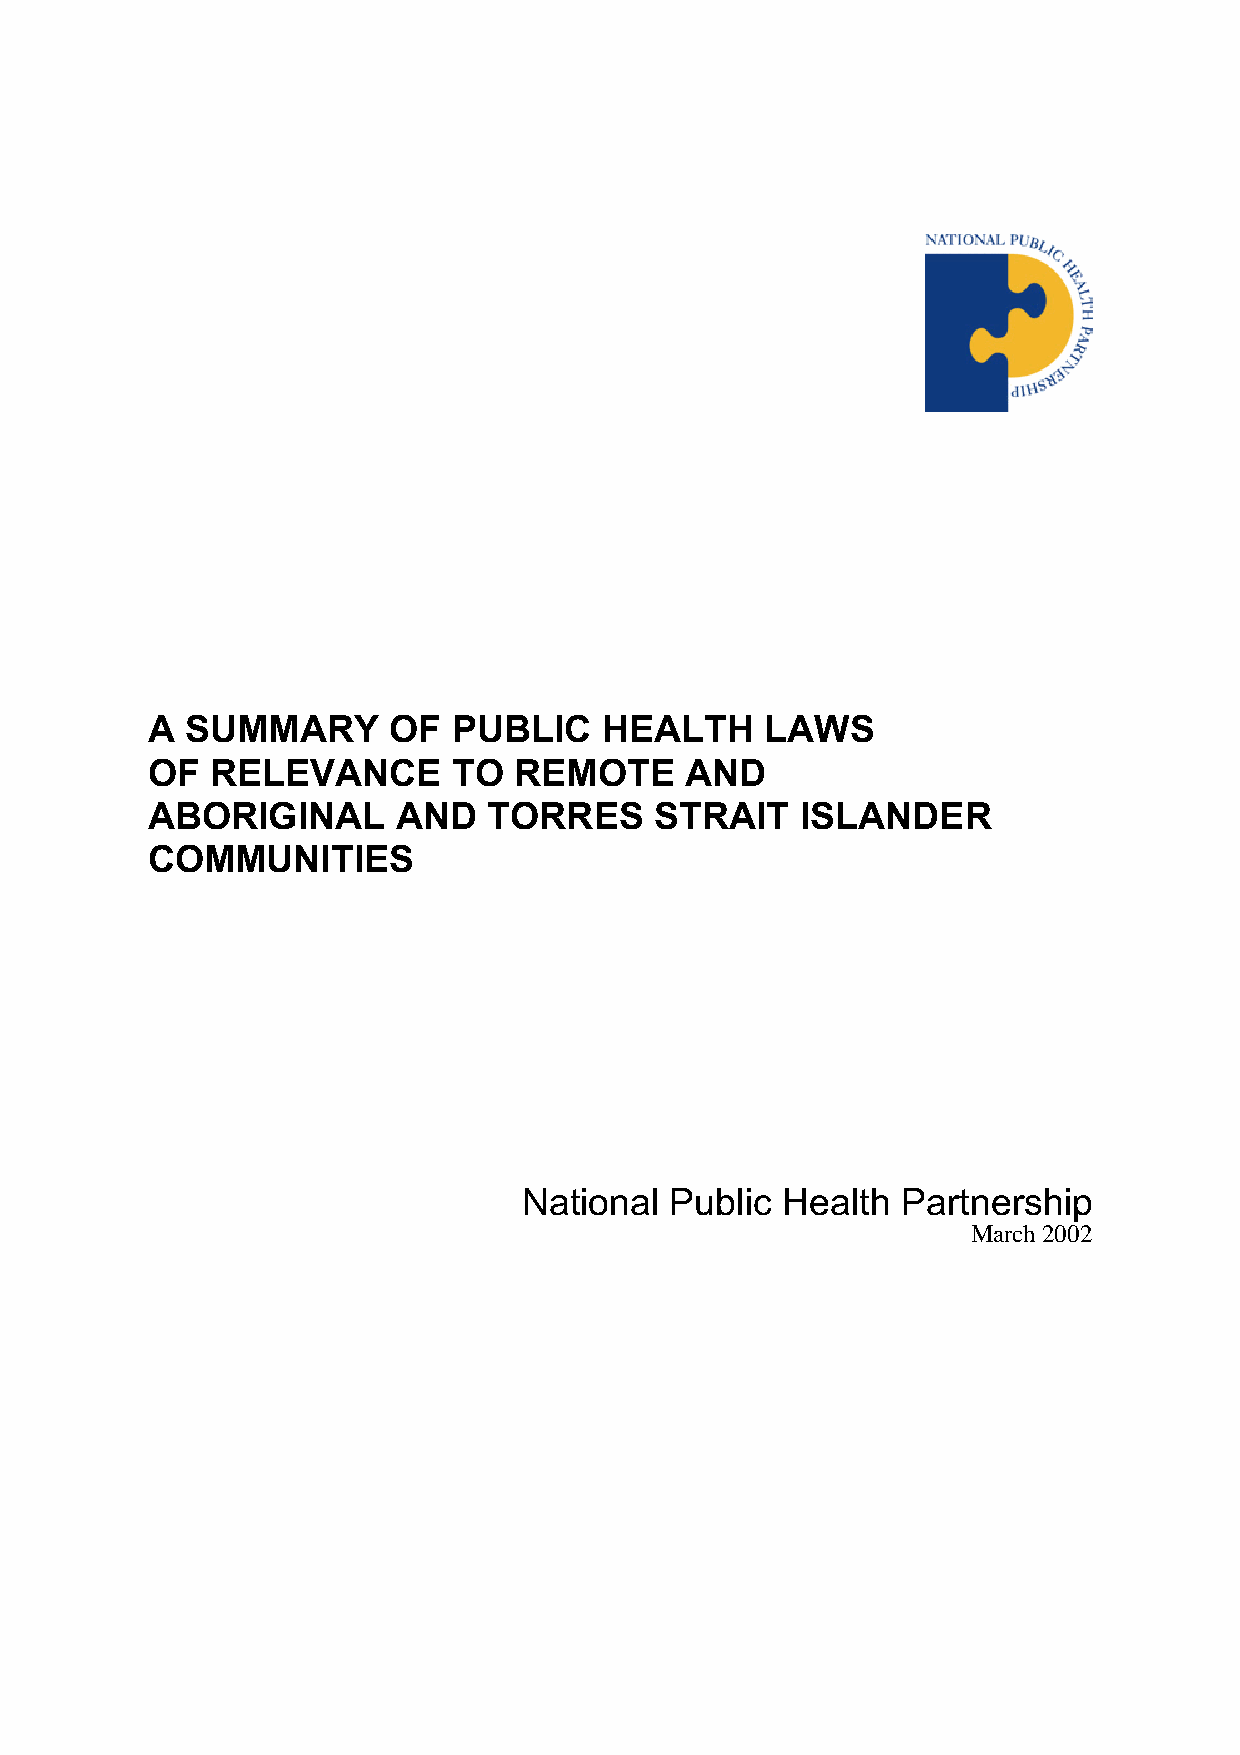
A SUMMARY       OF  PUBLIC    HEALTH     LAWS
 OF  RELEVANCE       TO  REMOTE     AND
 ABORIGINAL      AND   TORRES     STRAIT    ISLANDER
 COMMUNITIES
 National Public  Health  Partnership
 March 2002